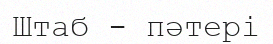
Штаб - пәтері